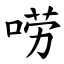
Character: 唠